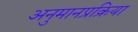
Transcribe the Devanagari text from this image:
अनुमानप्रक्रिया